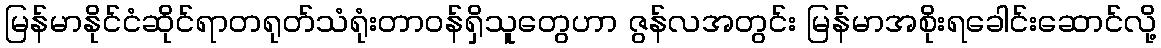
မြန်မာနိုင်ငံဆိုင်ရာတရုတ်သံရုံးတာဝန်ရှိသူတွေဟာ ဇွန်လအတွင်း မြန်မာအစိုးရခေါင်းဆောင်လို့